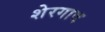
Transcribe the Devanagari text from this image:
शेरगाव